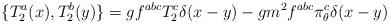
LaTeX: \begin{align*}\{T_2^a(x), T_2^b(y)\} = g f^{abc}T_2^c\delta(x-y) -gm^2f^{abc}\pi_\theta^c\delta(x-y) \end{align*}